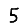
Digit: 5